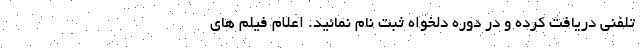
تلفنی دریافت کرده و در دوره دلخواه ثبت نام نمائید. اعلام فیلم های